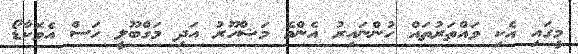
މީގައި އެކި ވައްތަރުތައް ހުންނައިރު އެންމެ މަޝްހޫރު އަދި މަގްބޫލީ ހަސް އެވޮކާޑޯ